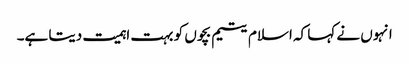
انہوں نے کہا کہ اسلام یتیم بچوں کو بہت اہمیت دیتا ہے۔